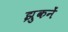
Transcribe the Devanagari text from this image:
झुकनें